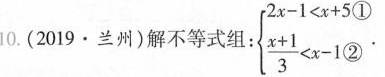
10.(2019·兰州)解不等式组:$$\left\{ \begin{matrix} 2 x - 1 < x + 5 \\ \frac { x + 1 } { 3 } < x - 1 \textcircled 2 \\ \end{matrix} \right.$$ `